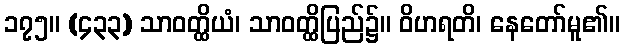
၁၇၅။ (၄၃၃) သာဝတ္ထိယံ၊ သာဝတ္ထိပြည်၌။ ဝိဟရတိ၊ နေတော်မူ၏။